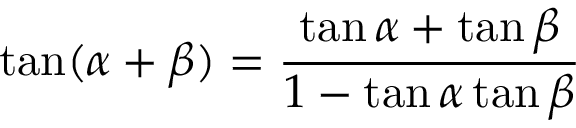
\tan ( \alpha + \beta ) = { \frac { \tan \alpha + \tan \beta } { 1 - \tan \alpha \tan \beta } }